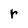
Character: r